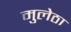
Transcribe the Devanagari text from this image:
मुलेठा